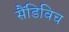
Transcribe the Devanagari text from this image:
सैंडिविच